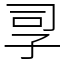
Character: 孠